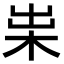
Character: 𣐯